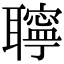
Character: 聹